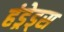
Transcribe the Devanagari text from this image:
हंड्रेड्स